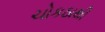
ચોકઠાથી